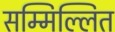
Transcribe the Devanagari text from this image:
सम्मिल्लित